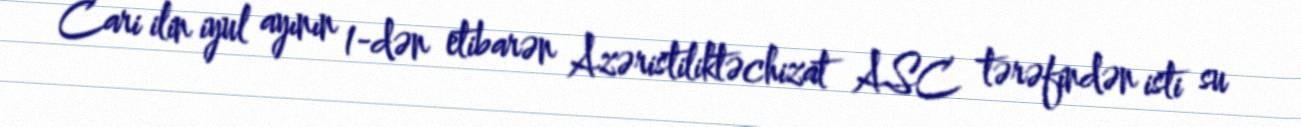
Cari ilin iyul ayının 1-dən etibarən Azəristiliktəchizat ASC tərəfindən isti su